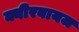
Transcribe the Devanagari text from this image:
क्यीरबायज